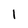
Character: 1